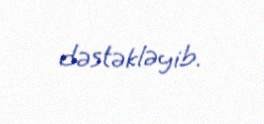
dəstəkləyib.